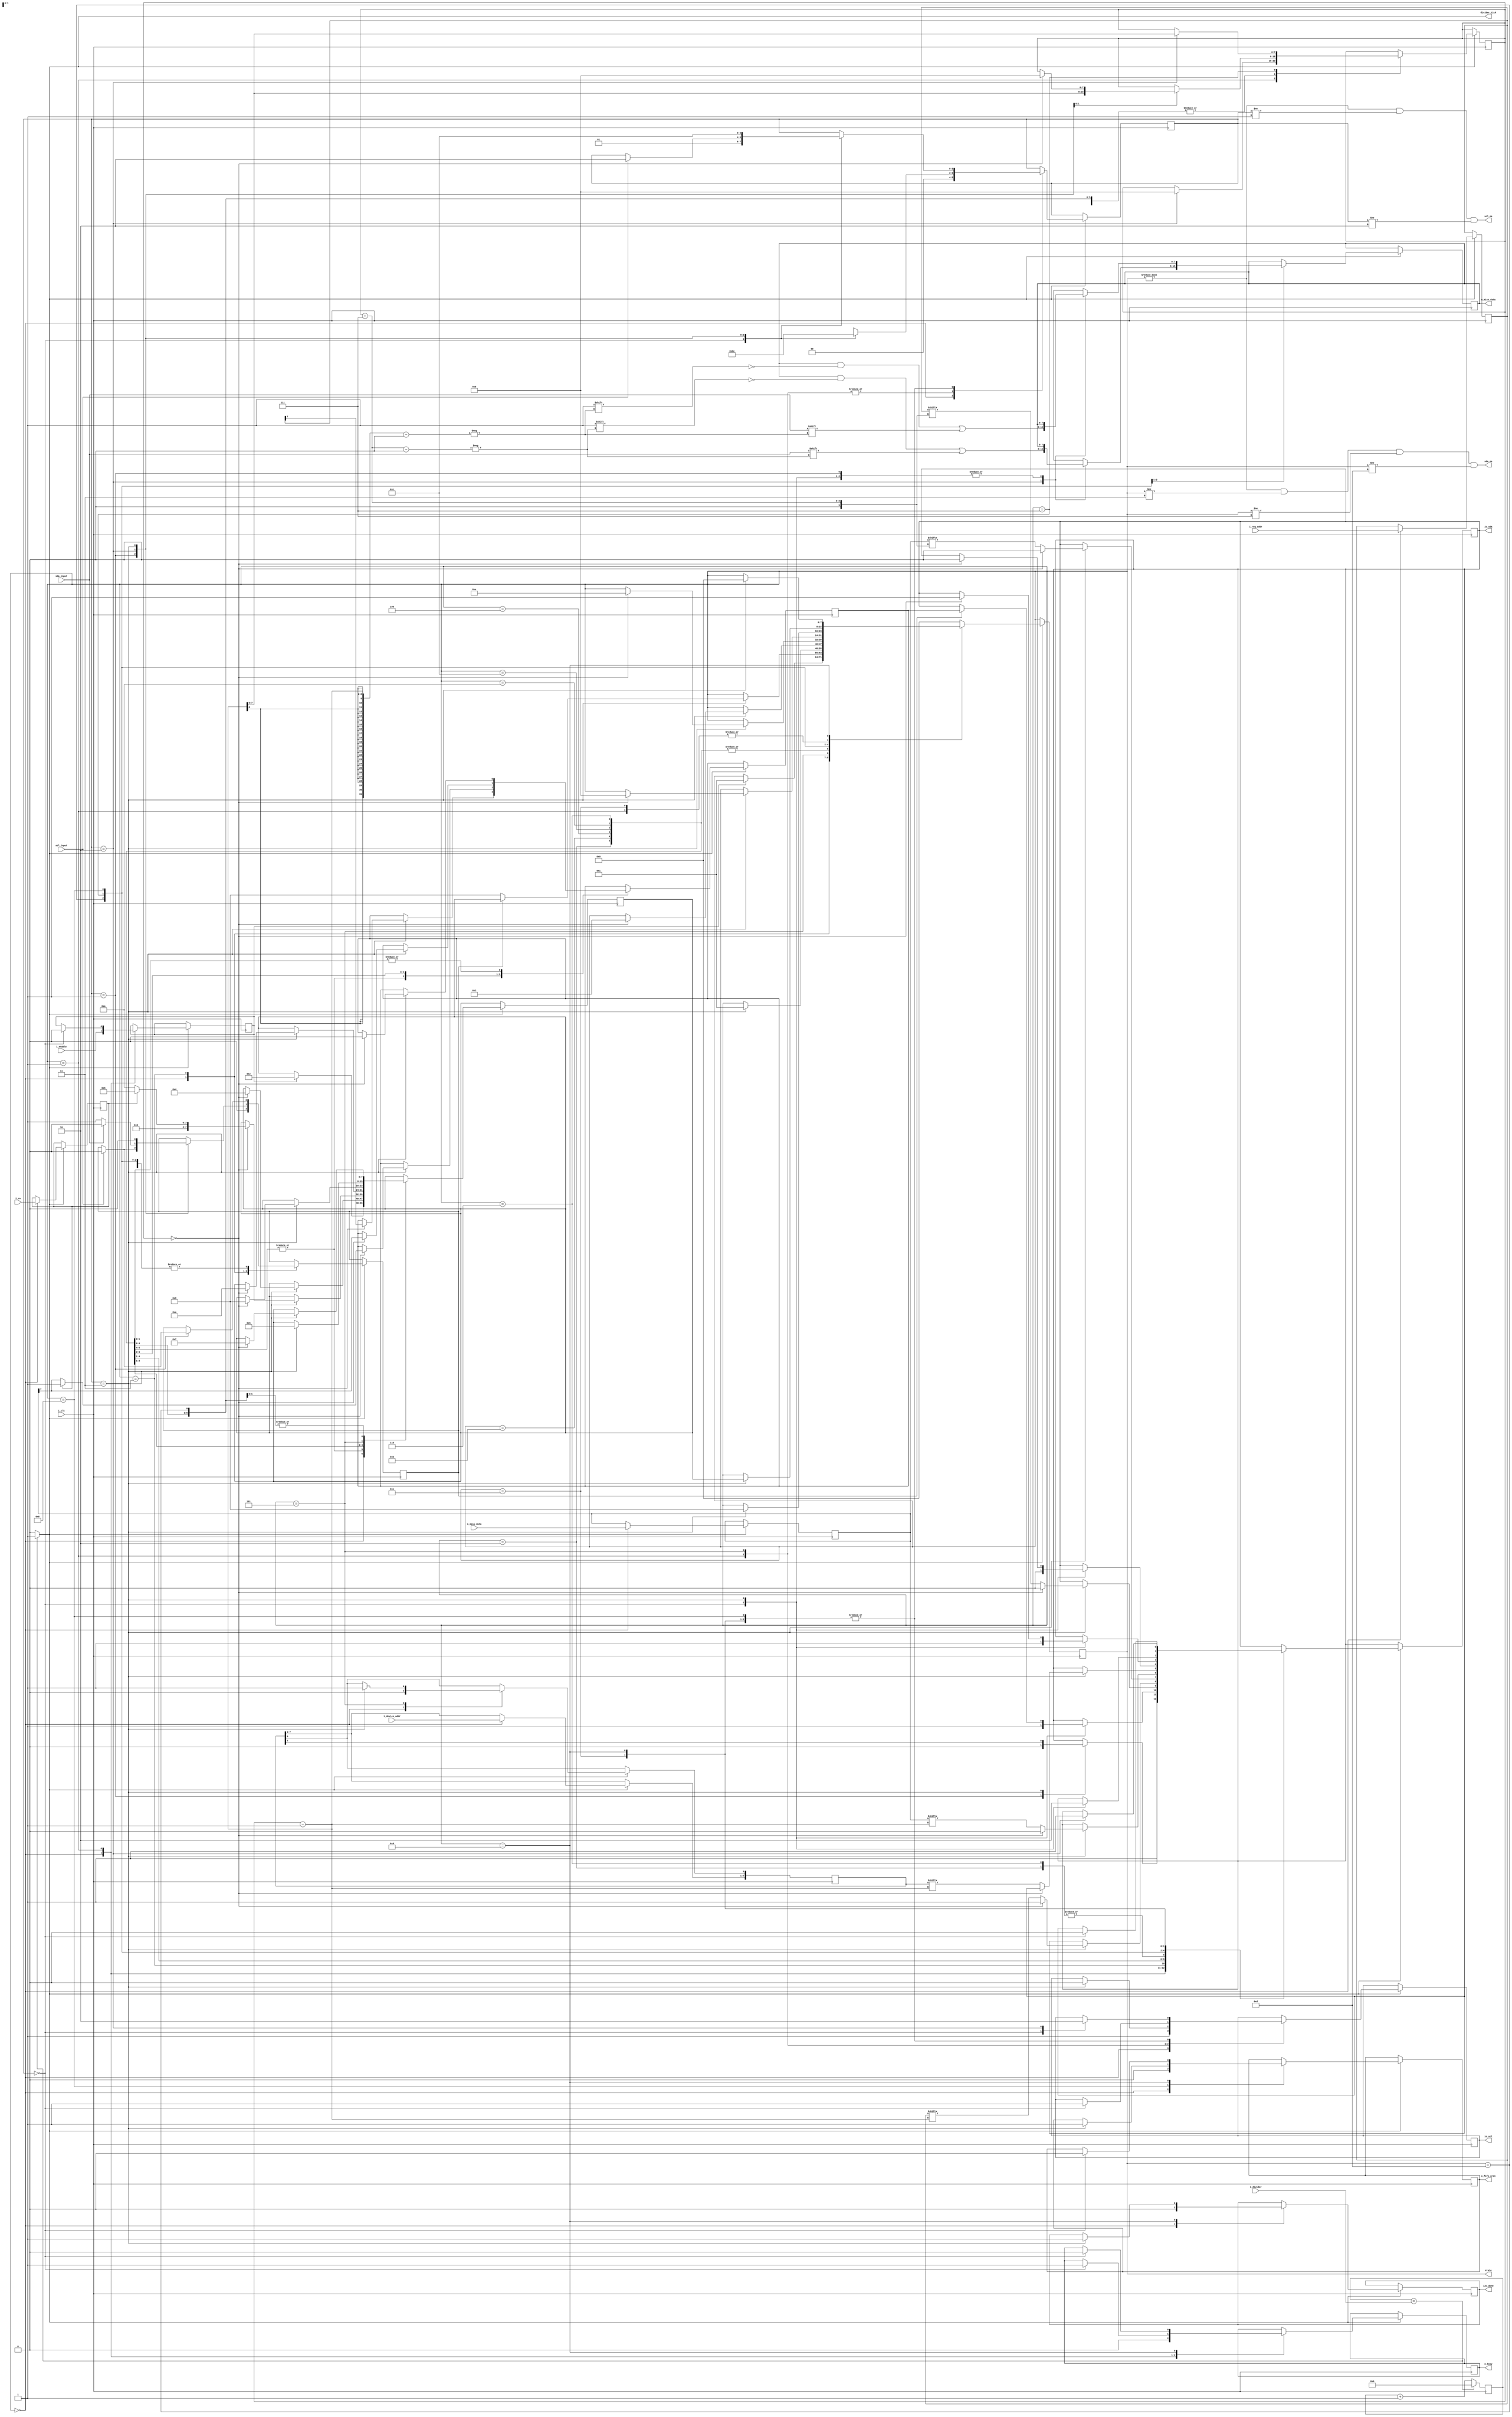
module i2c_master#(
    parameter DATA_WIDTH = 8,
    parameter REG_WIDTH  = 8,
    parameter ADDR_WIDTH = 7 
)(
    input                           i_clk,
    input                           i_enable,
    input                           i_rw,
    input       [DATA_WIDTH-1:0]    i_mosi_data,
    input       [REG_WIDTH-1:0]     i_reg_addr,
    input       [ADDR_WIDTH-1:0]    i_device_addr,
    input  wire [15:0]              i_divider, // value = 249 for 100 MHz clock freq.
    output reg  [DATA_WIDTH-1:0]    o_miso_data ,
    output reg                      o_busy = 0,
    output                          io_sda,
    input                           sda_input,
    output                          io_scl,
    input                           scl_input,
    output                          divider_tick,
    output                          scl_oe,
    output                          sda_oe,
    output reg [7:0] state,
    output i2c_done,
    output reg o_fifo_wren = 0
);
 
    localparam S_IDLE                =       8'h00;
    localparam S_START               =       8'h01;
    localparam S_WRITE_ADDR_W        =       8'h02;
    localparam S_CHECK_ACK           =       8'h03;
    localparam S_WRITE_REG_ADDR      =       8'h04;
    localparam S_RESTART             =       8'h05;
    localparam S_WRITE_ADDR_R        =       8'h06;
    localparam S_READ_REG            =       8'h07;
    localparam S_SEND_NACK           =       8'h08;
    localparam S_SEND_STOP           =       8'h09;
    localparam S_WRITE_REG_DATA      =       8'h0A;
    localparam S_WRITE_REG_ADDR_MSB  =       8'h0B;
    localparam S_WRITE_REG_DATA_MSB  =       8'h0C;
    localparam S_READ_REG_MSB        =       8'h0D;
    localparam S_SEND_ACK            =       8'h0E;    
    
    reg scl_out = 0;
    reg [ADDR_WIDTH:0] saved_device_addr = 0;
    reg [REG_WIDTH-1:0] saved_reg_addr = 0;
    reg [DATA_WIDTH-1:0] saved_mosi_data = 0;
    reg [7:0] post_state = S_IDLE;
    reg [1:0] proc_counter = 0;
    reg [7:0] bit_counter = 0;
    
    reg sda_out = 0;
    reg post_sda_out = 0;
    reg enable = 0;
    reg rw = 0;
    reg ack_received =0;
    reg done = 0;
    
    assign i2c_done = done; 
    
    wire sda_neg_oe;
    assign sda_oe = (state!=S_IDLE && state!=S_CHECK_ACK && state!=S_READ_REG && state!=S_READ_REG_MSB);
    assign sda_neg_oe = ~sda_oe;
    assign scl_neg_oe = ~scl_oe;
    wire scl_neg_oe;
    //when proc_counter = 1, we check for clock stretching from slave
    assign scl_oe = (state!=S_IDLE && proc_counter!=1 && proc_counter!=2);

    //tri state buffer for scl and sda
    assign io_scl = scl_out;
    assign io_sda = sda_out;
    
    reg [15:0] divider_counter = 0;
    assign divider_tick = (divider_counter == i_divider) ? 1 : 0;

    //i2c divider tick geneartor
    always @(posedge i_clk) begin
        if (divider_counter == i_divider)
            divider_counter <= 0;
        else
            divider_counter <= divider_counter + 1;
    end
    
    always @(posedge i_clk) begin
        if(divider_tick) begin
            case(state)
                S_IDLE: begin
                    proc_counter      <= 0;
                    sda_out           <= 1;
                    scl_out           <= 1;
                    enable            <= i_enable;
                    saved_device_addr <= {i_device_addr, 1'b0};
                    saved_reg_addr    <= i_reg_addr;
                    saved_mosi_data   <= i_mosi_data;
                    o_busy            <= 0;
                    ack_received      <= 0;
                    rw                <= i_rw;
                    done              <= 0;
                    o_fifo_wren       <= 1'b0;
                        
                    if (enable) begin
                        state <= S_START;
                        post_state <= S_WRITE_ADDR_W;
                    end	// if_block
                end	// S_IDLE
                
                S_START: begin
                        case(proc_counter)
                        0: begin
                            proc_counter <= 1;
                            o_busy       <= 1;
                            enable       <= 0;
                        end	//0
                        1: begin
                            sda_out      <= 0;
                            proc_counter <= 2;
                        end	//1
                        2: begin
                            proc_counter <= 3;
                            bit_counter  <= 8;
                        end	//2
                        3: begin
                            scl_out      <= 0;
                            proc_counter <= 0;
                            state        <= post_state;
                            sda_out      <= saved_device_addr[ADDR_WIDTH];
                        end	//3
                    endcase	//proc_counter_case
                end		//S_START
                        
                S_WRITE_ADDR_W: begin
                    case(proc_counter)
                        0:begin
                            scl_out      <= 1;
                            proc_counter <= 1;
                        end	//0
                        1: begin
                            if(scl_input == 1) begin
                                proc_counter <= 2;
                            end	//1
                        end
                        2: begin
                            scl_out      <= 0;
                            bit_counter  <= bit_counter -1;
                            proc_counter <= 3;
                        end	//2
                        3: begin
                            if(bit_counter == 0) begin
                                post_sda_out <= saved_reg_addr[REG_WIDTH-1];
                                            
                                if(REG_WIDTH == 16) begin
                                    post_state <= S_WRITE_REG_ADDR_MSB;
                                end	//inner_if_block
                                            
                                else begin
                                    post_state <= S_WRITE_REG_ADDR;
                                end	//inner_else_block
                                            
                                state <= S_CHECK_ACK;
                                bit_counter <= 8;
                            end	//outer_if_block
                                      
                            else begin
                                sda_out <= saved_device_addr[bit_counter-1];
                            end	//outer_else_block
                                      
                            proc_counter <= 0;
                        end	//3
                    endcase	//proc_counter_case
                end	//	S_WRITE_ADDR_W
                
                S_CHECK_ACK: begin
                    case(proc_counter)
                        0:begin
                            scl_out <= 1;
                            sda_out <= 1;
                            proc_counter <= 1;
                        end	//0
                        1: begin
                            if(scl_input == 1) begin
                                ack_received <= 0;
                                proc_counter <= 2;
                            end	//1
                        end
                        2: begin
                            scl_out          <= 0;					
                            if(sda_input == 0) begin
                                ack_received <= 1;
                            end	//if_block
                            else if(sda_input == 1) begin
                                ack_received <= 0;
                            end //else_block
                            proc_counter     <= 3;
                        end	//2
                        3: begin
                            if(ack_received) begin
                                state <= post_state;
                                ack_received <= 0;
                                sda_out <= post_sda_out;
                            end	//if_block
                            else begin
                                state <= S_SEND_STOP;
                            end	//else_block
                            proc_counter <= 0;
                        end	//3
                    endcase	//proc_counter_case
                end	//S_CHECK_ACK
                
                S_WRITE_REG_ADDR_MSB: begin
                    case(proc_counter)
                        0: begin
                            scl_out <= 1;
                            proc_counter <= 1;
                        end	//0
                        1: begin
                            if(scl_input == 1) begin
                                ack_received <= 0;
                                proc_counter <= 2;
                            end	//if_block
                        end	//1
                        2: begin
                            scl_out          <= 0;
                            bit_counter      <= bit_counter -1;
                            proc_counter     <= 3;
                        end	//2
                        3: begin
                            if(bit_counter == 0) begin
                                post_state   <= S_WRITE_REG_ADDR;
                                post_sda_out <= saved_reg_addr[7];
                                bit_counter  <= 8; 
                                sda_out      <= 0;
                                state        <= S_CHECK_ACK;
                            end	//if_block
                            else begin
                              sda_out <= saved_reg_addr[bit_counter+7];
                            end	//else_block
                            proc_counter <= 0;
                        end	//3
                    endcase	//proc_counter_case
                end	//S_WRITE_REG_ADDR_MSB
                
                S_WRITE_REG_ADDR: begin
                    case(proc_counter)
                        0:begin
                            scl_out <= 1;
                            proc_counter <= 1;
                        end	//0
                        1: begin
                            if(scl_input == 1) begin
                                ack_received <= 0;
                                proc_counter <= 2;
                            end	//if_block
                        end	//1
                        2: begin
                            scl_out      <= 0;
                            bit_counter  <= bit_counter -1;
                            proc_counter <= 3;
                        end	//2
                        3: begin
                            if(bit_counter == 0) begin
                                if(rw == 0) begin //write data
                                    if(DATA_WIDTH == 16) begin
                                        post_state   <= S_WRITE_REG_DATA_MSB;
                                        post_sda_out <= saved_mosi_data[15];
                                    end	//if_block
                                    else begin
                                        post_state   <= S_WRITE_REG_DATA;
                                        post_sda_out <= saved_mosi_data[7];
                                    end	//else_block
                                end	//if_block
                                else begin
                                    post_state   <= S_RESTART;
                                    post_sda_out <= 1;
                                end	//else_block
                                bit_counter <= 8; 
                                sda_out     <= 1;
                                state       <= S_CHECK_ACK;
                            end	//if_block
                            else begin
                                sda_out <= saved_reg_addr[bit_counter-1];
                            end	//else_block
                            proc_counter <= 0;
                        end	//3
                    endcase	//proc_counter_case
                end	//S_WRITE_REG_ADDR
                
                S_WRITE_REG_DATA_MSB: begin
                    case(proc_counter)
                        0:begin
                            scl_out      <= 1;
                            proc_counter <= 1;
                        end	//0
                        1: begin
                           if(scl_input == 1) begin
                                ack_received <= 0;
                                proc_counter <= 2;
                            end	//if_block
                        end	//1
                        2: begin
                            scl_out          <= 0;
                            bit_counter      <= bit_counter -1;
                            proc_counter     <= 3;
                        end	//2
                        3: begin
                            if(bit_counter == 0) begin
                                state        <= S_CHECK_ACK;
                                post_state   <= S_WRITE_REG_DATA;
                                post_sda_out <= saved_mosi_data[7];
                                bit_counter  <= 8; 
                                sda_out      <= 0;
                            end	//if_block
                            else begin
                                sda_out <= saved_mosi_data[bit_counter+7];
                            end	//else_block
                            proc_counter <= 0;
                        end	//3
                    endcase	//proc_counter_case
                end	//S_WRITE_REG_DATA_MSB
                
                S_WRITE_REG_DATA: begin
                    case(proc_counter)
                        0:begin
                            scl_out      <= 1;
                            proc_counter <= 1;
                        end	//0
                        1: begin
                            if(scl_input == 1) begin
                                ack_received <= 0;
                                proc_counter <= 2;
                            end	// if_block
                        end	//1
                        2: begin
                            scl_out      <= 0;
                            bit_counter  <= bit_counter -1;
                            proc_counter <= 3;
                        end	//2
                        3: begin
                            if(bit_counter == 0) begin
                                state        <= S_CHECK_ACK;
                                post_state   <= S_SEND_STOP;
                                post_sda_out <= 0;
                                bit_counter  <= 8; 
                                sda_out      <= 0;
                            end	//if_block
                            else begin
                                sda_out <= saved_mosi_data[bit_counter-1];
                            end	//else_block
                            proc_counter <= 0;
                        end	//3
                    endcase	//proc_counter_case
                end	//S_WRITE_REG_DATA
                
                S_RESTART: begin
                
                    case(proc_counter)
                        0:begin
                            scl_out <= 1;
                            proc_counter <= 1;
                        end	//0
                        1: begin
                            proc_counter <= 2;
                        end	//1
                        2: begin
                            proc_counter <= 3;
                        end	//2
                        3: begin
                            state        <= S_START;
                            post_state   <= S_WRITE_ADDR_R;
                            saved_device_addr[0] <= 1'b1;
                            proc_counter <= 0;
                        end	//3
                    endcase	//proc_counter_case
                end	//S_RESTART
                
                S_WRITE_ADDR_R: begin
                    case(proc_counter)
                        0: begin
                            scl_out      <= 1;
                            proc_counter <= 1;
                        end	//0
                        1: begin
                          if(scl_input == 1) begin
                                ack_received <= 0;
                                proc_counter <= 2;
                           end	//if_block
                        end	//1
                        2: begin
                            scl_out      <= 0;
                            bit_counter  <= bit_counter -1;
                            proc_counter <= 3;
                        end	//2
                        3: begin
                            if(bit_counter == 0) begin
                                if(DATA_WIDTH == 16) begin
                                    post_state   <= S_READ_REG_MSB;
                                    post_sda_out <= 0;
                                end	//if_block
                                else begin
                                    post_state   <= S_READ_REG;
                                    post_sda_out <= 0;
                                end	//else_block
                                state       <= S_CHECK_ACK;
                                bit_counter <= 8;
                            end	//if_block
                            else begin
                                sda_out <= saved_device_addr[bit_counter-1];
                            end	//else_block
                            proc_counter <= 0;
                        end	//3
                    endcase	//proc_counter_case
                end	//S_WRITE_ADDR_R
                
                S_READ_REG_MSB: begin
                    case(proc_counter)
                        0:begin
                            sda_out <= 0;
                            scl_out      <= 1;
                            proc_counter <= 1;
                        end	//0
                        1: begin
                            if(scl_input == 1) begin
                                ack_received <= 0;
                                proc_counter <= 2;
                            end	//if_block
                        end	//1
                        2: begin
                            scl_out <= 0; 
                            //sample data on this rising edge of scl
                            o_miso_data[bit_counter+7] <= sda_input;
                            bit_counter                <= bit_counter -1;
                            proc_counter               <= 3;
                        end	//2
                        3: begin
                            if(bit_counter == 0) begin
                                post_state  <= S_READ_REG;
                                state       <= S_SEND_ACK;
                                bit_counter <= 8;
                                sda_out     <= 0;
                            end	//if_block
                            proc_counter    <= 0;
                        end	//3
                    endcase	//proc_counter_case
                end//S_READ_REG_MSB
                
                S_READ_REG: begin
                    case(proc_counter)
                        0:begin
                            sda_out      <= 1;
                            scl_out      <= 1;
                            proc_counter <= 1;
                        end	//0
                        1: begin
                            if(scl_input == 1) begin
                                ack_received <= 0;
                                proc_counter <= 2;
                            end	//if_block
                        end	//1
                        2: begin
                            scl_out <= 0; 
                            //sample data on rising edge of scl
                            o_miso_data[bit_counter-1] <= sda_input;
                            bit_counter  <= bit_counter -1;
                            proc_counter <= 3;
                        end	//2
                        3: begin
                            if(bit_counter == 0) begin
                                state <= S_SEND_NACK;
                                sda_out  <= 1;
                            end	//if_block
                            proc_counter <= 0;
                        end	//3
                    endcase	//proc_counter_case
                end	//S_READ_REG
                
                S_SEND_NACK: begin
                    case(proc_counter)
                        0:begin
                            scl_out <= 1;
                            sda_out <= 1;
                            proc_counter <= 1;
                        end	//0
                        1: begin
                            if(scl_input == 1) begin
                                ack_received <= 0;
                                proc_counter <= 2;
                            end	//if_block
                        end	///1
                        2: begin
                            proc_counter <= 3;
                            scl_out      <= 0;
                        end	//2
                        3: begin
                            state        <= S_SEND_STOP;
                            proc_counter <= 0;
                            sda_out      <= 0;
                            o_fifo_wren <= 1'b1;
                        end	//3
                    endcase	//proc_counter_case
                  
                end	//S_SEND_NACK
                
                S_SEND_ACK: begin
                    case(proc_counter)
                        0:begin
                            scl_out      <= 1;
                            proc_counter <= 1;
                            sda_out      <= 0;
                        end	//0
                        1: begin
                            if(scl_input == 1) begin
                                proc_counter <= 2;
                            end	//	if_block
                        end	//1
                        2: begin
                            proc_counter <= 3;
                            scl_out      <= 0;
                        end	//2
                        3: begin
                            state        <= post_state;
                            proc_counter <= 0;
                        end	//3
                    endcase	//proc_counter_case
                end	//S_SEND_ACK
                
                S_SEND_STOP: begin
                    case(proc_counter)
                        0:begin
                            scl_out      <= 1;
                            proc_counter <= 1;
                            o_busy       <= 0;
                            o_fifo_wren <= 1'b0;
                        end	//0
                        1: begin
                            if(scl_input == 1) begin
                                proc_counter <= 2;
                            end	//if_block
                        end	//1
                        2: begin
                            scl_out <= 0;
                            proc_counter <= 3;
                            sda_out      <= 1;
                        end	//2
                        3: begin
                            done         <= 1;
                            state        <= S_IDLE;
                            proc_counter <= 0;
                        end	//3
                    endcase	//proc_counter_case
                    
                end	//S_SEND_STOP
                      
                default : begin
                    state <= S_IDLE;
                end
                    
            endcase	//state
        end	//if_block
    end	//always_block
endmodule